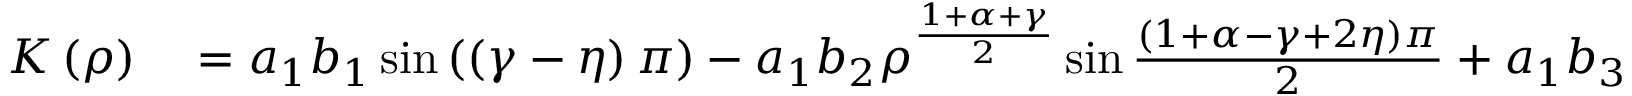
\begin{array} { r l } { K \left( \rho \right) } & { { } = a _ { 1 } b _ { 1 } \sin \left( \left( \gamma - \eta \right) \pi \right) - a _ { 1 } b _ { 2 } \rho ^ { \frac { 1 + \alpha + \gamma } { 2 } } \sin \frac { \left( 1 + \alpha - \gamma + 2 \eta \right) \pi } { 2 } + a _ { 1 } b _ { 3 } \rho ^ { 1 + \alpha + \gamma } \sin \left( \left( \alpha + \eta \right) \pi \right) } \end{array}